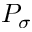
P _ { \sigma }